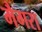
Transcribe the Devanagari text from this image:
मैगरा